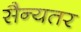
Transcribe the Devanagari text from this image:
सैन्यतर